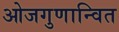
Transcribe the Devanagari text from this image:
ओजगुणान्वित